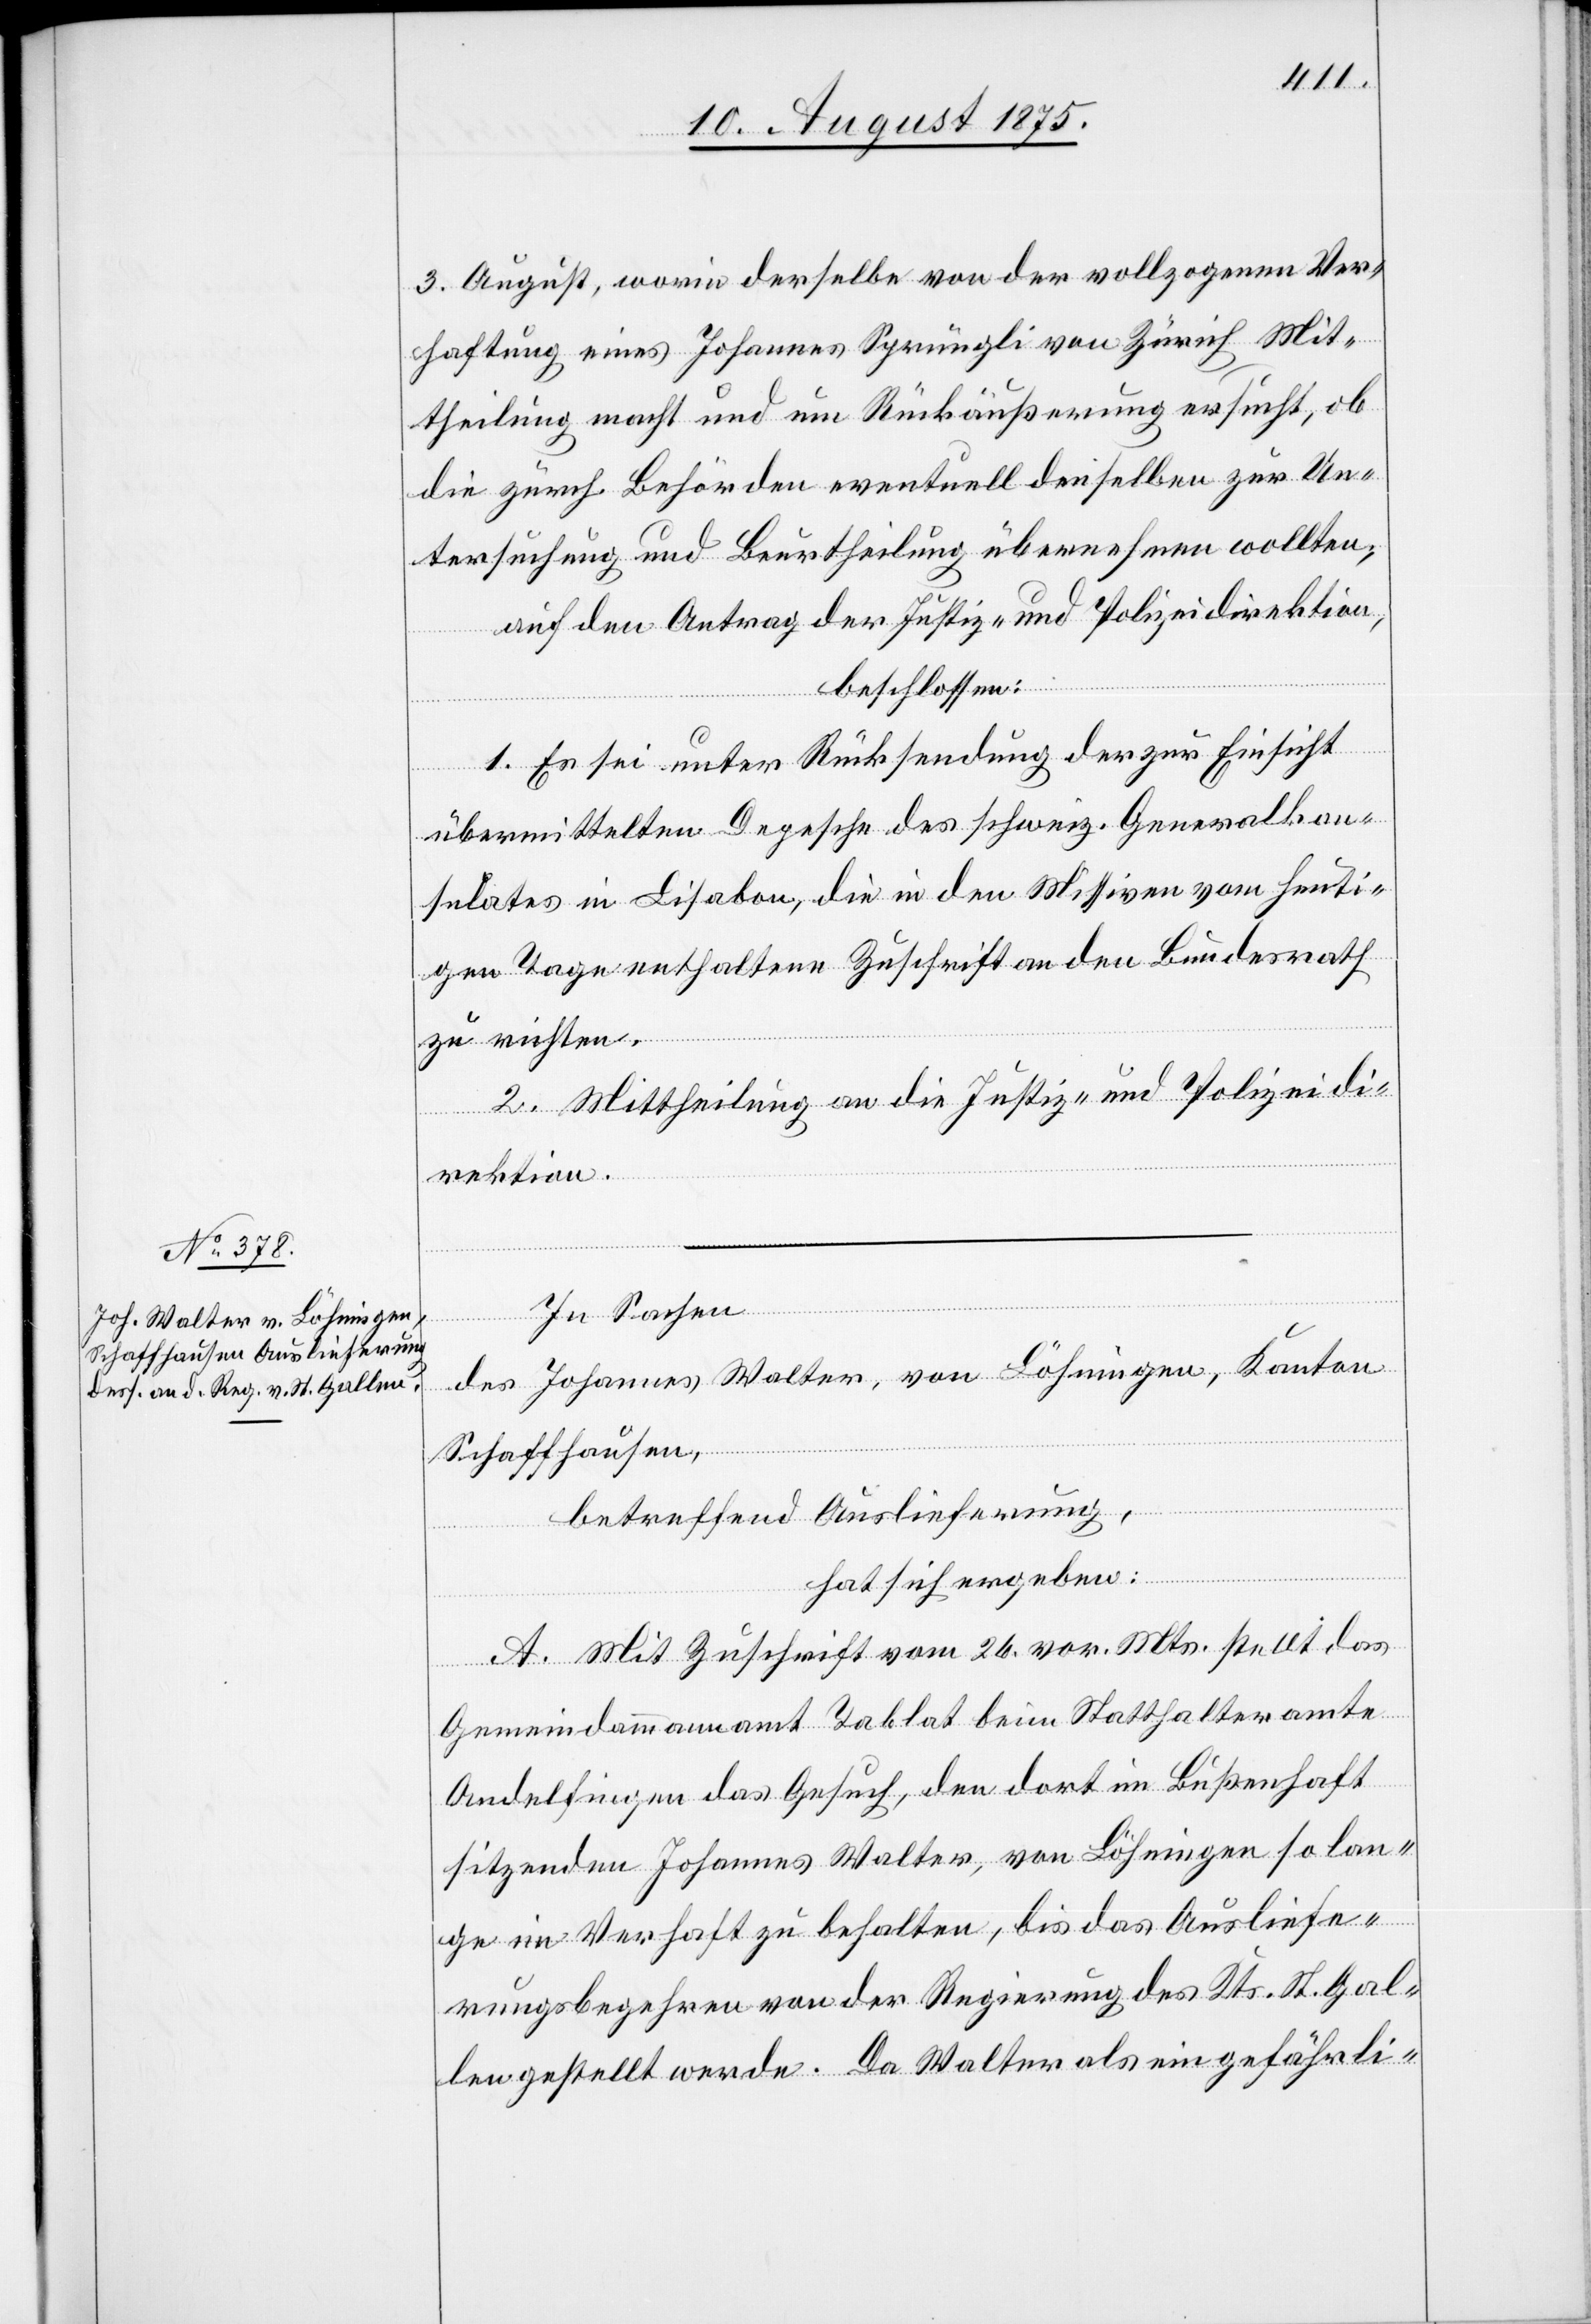
3. August, worin derselbe von der vollzogenen Ver¬
haftung eines Johannes Sprüngli von Zürich Mit¬
theilung macht und um Rückäußerung ersucht, ob
die zürch. Behörden eventuell denselben zur Un¬
tersuchung und Beurtheilung übernehmen wollten,
auf den Antrag der Justiz und Polizeidirektion,
beschlossen:
1. Es sei unter Rücksendung der zur Einsicht
übermittelten Depesche des schweiz. Generalkon¬
sulates in Lisabon, die in den Missiven vom heuti¬
gen Tage enthaltene Zuschrift an den Bundesrath
zu richten.
2. Mittheilung an die Justiz- und Polizeidi¬
rektion.
In Sachen
des Johannes Walter, von Löhringen, Kanton
Schaffhausen,
betreffend Auslieferung,
hat sich ergeben:
A. Mit Zuschrift vom 26. vor. Mts. stellt das
Gemeindammannamt Tablat beim Statthalteramte
Andelfingen das Gesuch, den dort in Bußenhaft
sitzenden Johannes Walter, von Löhringen so lan¬
ge in Verhaft zu behalten, bis das Ausliefe¬
rungsbegehren von der Regierung des Kts. St. Gal¬
len gestellt werde. Da Walter als ein gefährli-